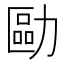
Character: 𠢔